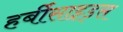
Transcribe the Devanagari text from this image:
हर्बीसाइड्स